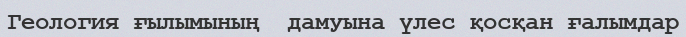
Геология ғылымының  дамуына үлес қосқан ғалымдар